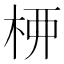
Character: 𫞉